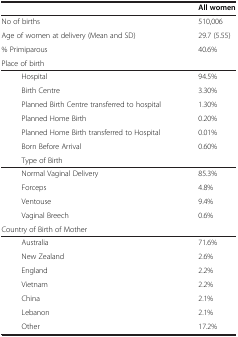
|  | All women |
 | --- | --- |
 | No of births | 510,006 |
 | Age of women at delivery (Mean and SD) | 29.7 (5.55) |
 | % Primiparous | 40.6% |
 | Place of birth |  |
 | Hospital | 94.5% |
 | Birth Centre | 3.30% |
 | Planned Birth Centre transferred to hospital | 1.30% |
 | Planned Home Birth | 0.20% |
 | Planned Home Birth transferred to Hospital | 0.01% |
 | Born Before Arrival | 0.60% |
 | Type of Birth |  |
 | Normal Vaginal Delivery | 85.3% |
 | Forceps | 4.8% |
 | Ventouse | 9.4% |
 | Vaginal Breech | 0.6% |
 | Country of Birth of Mother |  |
 | Australia | 71.6% |
 | New Zealand | 2.6% |
 | England | 2.2% |
 | Vietnam | 2.2% |
 | China | 2.1% |
 | Lebanon | 2.1% |
 | Other | 17.2% |